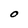
Character: O